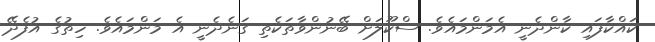
ކައްކާފައި ކާންދެނީ އެމަންމައެވެ. ސްކޫލަށް ބޭނުންވާތަކެތި ގަނެދެނީ އެ މަންމައެވެ. ހިތުގެ އުފެދޭ